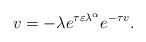
\begin{align*} v = -\lambda e^{\tau \varepsilon \lambda^\alpha} e^{-\tau v}. \end{align*}